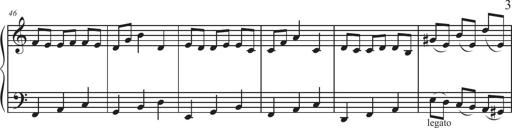
Title: Sonatina Espania
Composer: Jerald Franklin Archer
Key: Various